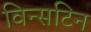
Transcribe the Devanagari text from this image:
विन्सटिन